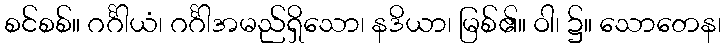
စင်စစ်။ ဂင်္ဂါယံ၊ ဂင်္ဂါအမည်ရှိသော၊ နဒိယာ၊ မြစ်၏။ ဝါ၊ ၌။ သောတေန၊